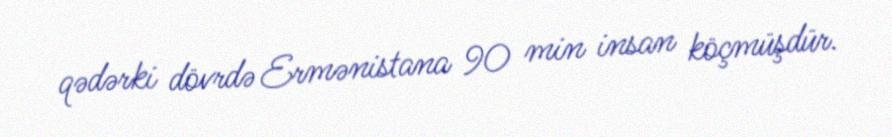
qədərki dövrdə Ermənistana 90 min insan köçmüşdür.